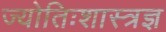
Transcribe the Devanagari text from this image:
ज्योतिःशास्त्रज्ञ